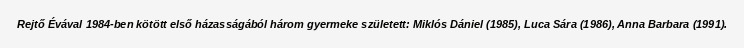
Rejtő Évával 1984-ben kötött első házasságából három gyermeke született: Miklós Dániel (1985), Luca Sára (1986), Anna Barbara (1991).